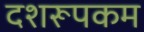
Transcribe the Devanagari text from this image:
दशरूपकम